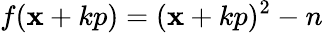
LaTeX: f(\mathbf{x}+kp)=(\mathbf{x}+kp)^{2}-n